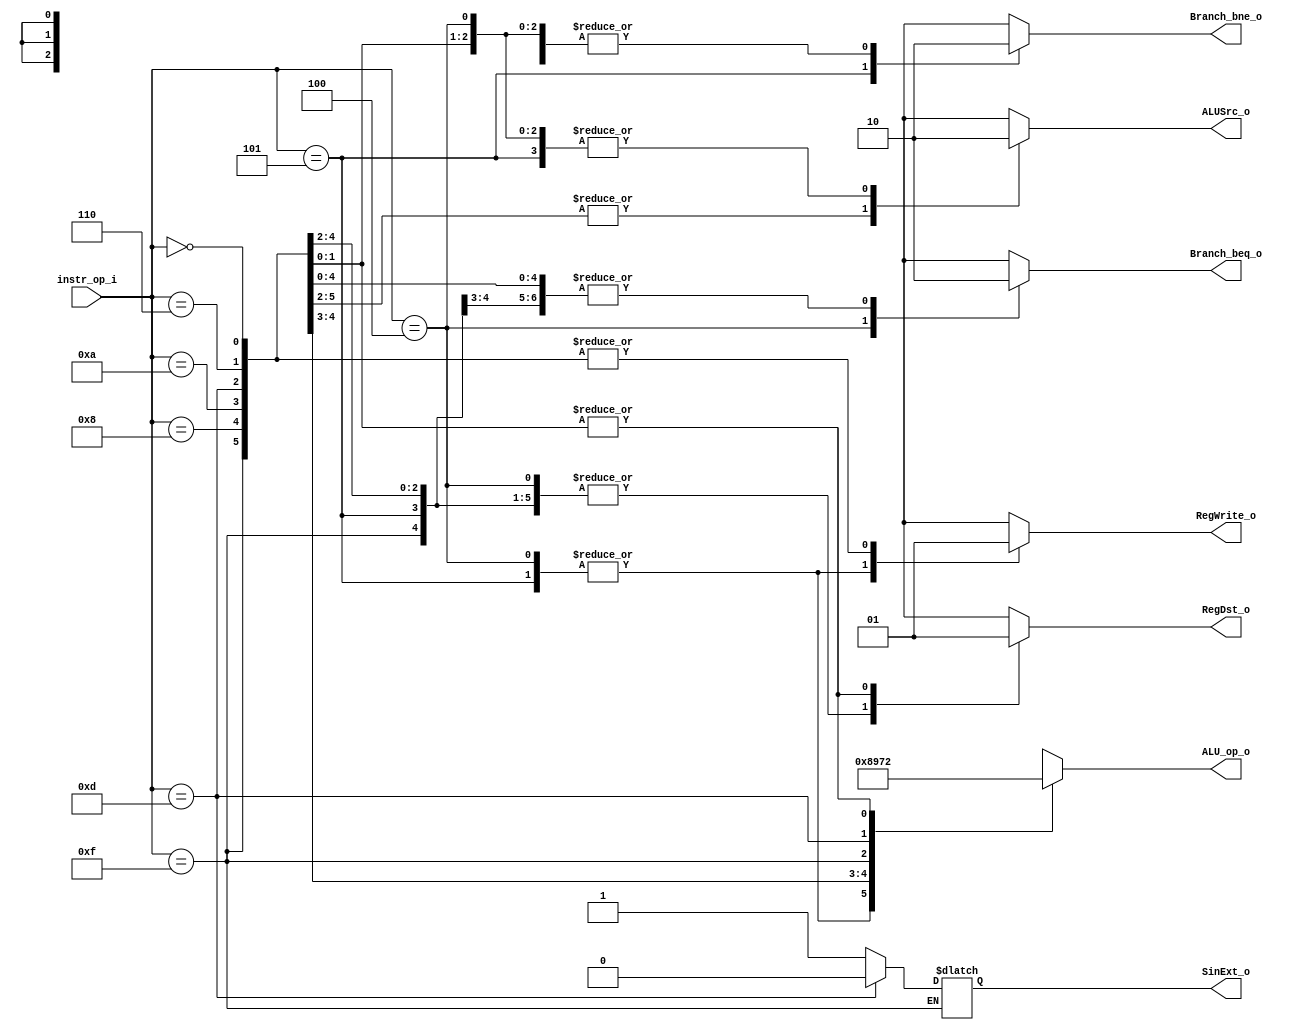
//Subject:     CO project 2 - Decoder
//--------------------------------------------------------------------------------
//Version:     1
//--------------------------------------------------------------------------------
//Writer:      0316056_g 0316038_@
//----------------------------------------------
//Date:        
//----------------------------------------------
//Description: 
//--------------------------------------------------------------------------------

module Decoder(
   instr_op_i,
	RegWrite_o,
	ALU_op_o,
	ALUSrc_o,
	RegDst_o,
	Branch_bne_o,
	Branch_beq_o,
	SinExt_o
	);
     
//I/O ports
input  [6-1:0] instr_op_i;

output         RegWrite_o;
output [3-1:0] ALU_op_o;
output         ALUSrc_o;
output         RegDst_o;
output         Branch_bne_o;
output         Branch_beq_o;
output         SinExt_o;
//Internal Signals
reg            RegWrite_o;
reg    [3-1:0] ALU_op_o;
reg            ALUSrc_o;
reg            RegDst_o;
reg         Branch_bne_o;
reg         Branch_beq_o;
reg            SinExt_o;

//Parameter


//Main function
always @(*) begin
    case (instr_op_i)
		  /*6'b100011: begin //lw
				RegWrite_o = 1;
				ALU_op_o = 3'b000;
				ALUSrc_o = 1;
				RegDst_o = 0;
				Branch_o = 0;
		  end
		  6'b101011: begin //sw
				RegWrite_o = 0;
				ALU_op_o = 3'b000;
				ALUSrc_o = 1;
				RegDst_o = 0;
				Branch_o = 0;
		  end*/
        6'b000000: begin // R-type
            RegWrite_o = 1;
				ALU_op_o = 3'b010;
            ALUSrc_o = 0;
            RegDst_o = 1;
            Branch_bne_o = 0;
				Branch_beq_o = 0;
				SinExt_o = 1;
        end
		  6'b000100: begin // beq
            RegWrite_o = 0;
				ALU_op_o = 3'b001;
            ALUSrc_o = 0;
            RegDst_o = 0; 
            Branch_bne_o = 0;
				Branch_beq_o = 1;
				SinExt_o = 1;
        end
        6'b000101: begin // bne
            RegWrite_o = 0;
            ALU_op_o = 3'b001;
            ALUSrc_o = 0;
            RegDst_o = 0;
            Branch_bne_o = 1;
				Branch_beq_o = 0;
				SinExt_o = 1;
        end
        6'b001000: begin // addi
            RegWrite_o = 1;            
				ALU_op_o = 3'b000;
            ALUSrc_o = 1;
            RegDst_o = 0;
            Branch_bne_o = 0;
				Branch_beq_o = 0;				
				SinExt_o = 1;
        end 
        6'b001010: begin // slti
            RegWrite_o = 1;           
				ALU_op_o = 3'b100;
            ALUSrc_o = 1;
            RegDst_o = 0;
            Branch_bne_o = 0;
				Branch_beq_o = 0;
				SinExt_o = 1;
        end
        6'b001111: begin // lui
            RegWrite_o = 1;
				ALU_op_o = 3'b101;
            ALUSrc_o = 1;
            RegDst_o = 0;
            Branch_bne_o = 0;
				Branch_beq_o = 0;
        end
        6'b001101: begin // ori
            RegWrite_o = 1;
				ALU_op_o = 3'b110;
            ALUSrc_o = 1;
            RegDst_o = 0;
            Branch_bne_o = 0;
				Branch_beq_o = 0;
				SinExt_o = 0;
        end
		  /*6'b000010: begin //srl
				RegWrite_o = 1;
				ALU_op_o = 3'b010;
            ALUSrc_o = 0;
            RegDst_o = 1;
            Branch_o = 0;
				SinExt_o = 1;
		  end*/
		  6'b000110: begin //srlv
				RegWrite_o = 1;
				ALU_op_o = 3'b010;
            ALUSrc_o = 0;
            RegDst_o = 1;
            Branch_bne_o = 0;
				Branch_beq_o = 0;
				SinExt_o = 1;
		  end
        default: begin
            RegWrite_o = 1'bx;
				ALU_op_o = 3'bxxx;
            ALUSrc_o = 1'bx;
            RegDst_o = 1'bx;
            Branch_bne_o = 1'bx;
				Branch_beq_o = 1'bx;
				SinExt_o = 1'bx;
        end
    endcase
end
endmodule